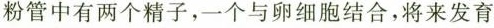
粉管中有两个精子，一个与卵细胞结合，将来发育